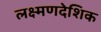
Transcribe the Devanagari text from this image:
लक्ष्मणदेशिक